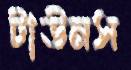
টাউনস